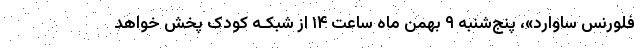
فلورنس ساوارد»، پنج‌شنبه ۹ بهمن ماه ساعت ۱۴ از شبکـه کودک پخش خواهد